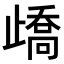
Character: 𣦜